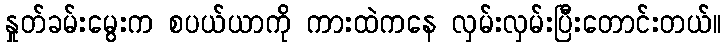
နှုတ်ခမ်းမွေးက စပယ်ယာကို ကားထဲကနေ လှမ်းလှမ်းပြီးတောင်းတယ်။